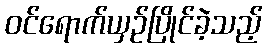
ဝင်ရောက်ယှဉ်ပြိုင်ခဲ့သည့်